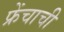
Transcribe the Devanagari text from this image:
फ्रेंचाची